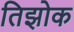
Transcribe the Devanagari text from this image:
तिझोक